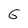
Character: 6